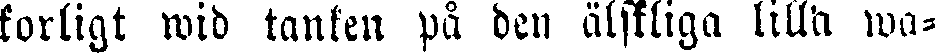
korligt wid tanken på den älskliga lilla wa-